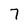
Character: 7